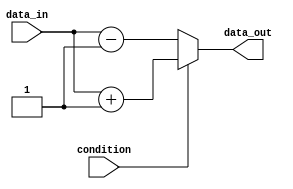
module if_else_statement (
    input wire condition,
    input wire data_in,
    output reg data_out
);

    always @* begin
        if (condition) begin
            // Perform certain actions if condition is true
            data_out = data_in + 1;
        end
        else begin
            // Perform different actions if condition is false
            data_out = data_in - 1;
        end
    end

endmodule